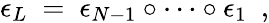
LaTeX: \epsilon_{L}\ =\ \epsilon_{N-1}\circ\cdots\circ\epsilon_{1}\ \ ,